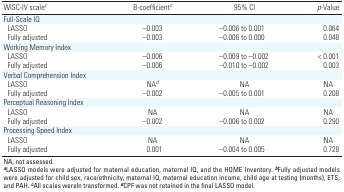
| WISC-IV scalec | B-coefficientc | 95% CI | p-Value |
 | --- | --- | --- | --- |
 | Full-Scale IQ |  |  |  |  |  |  |
 | LASSO |  | –0.003 |  | –0.006 to 0.001 |  | 0.064 |
 | Fully adjusted |  | –0.003 |  | –0.006 to 0.000 |  | 0.048 |
 | Working Memory Index |  |  |  |  |  |  |
 | LASSO |  | –0.006 |  | –0.009 to –0.002 |  | < 0.001 |
 | Fully adjusted |  | –0.006 |  | –0.010 to –0.002 |  | 0.003 |
 | Verbal Comprehension Index |  |  |  |  |  |  |
 | LASSO |  | NAd |  | NA |  | NA |
 | Fully adjusted |  | –0.002 |  | –0.005 to 0.001 |  | 0.208 |
 | Perceptual Reasoning Index |  |  |  |  |  |  |
 | LASSO |  | NA |  | NA |  | NA |
 | Fully adjusted |  | –0.002 |  | –0.006 to 0.002 |  | 0.290 |
 | Processing Speed Index |  |  |  |  |  |  |
 | LASSO |  | NA |  | NA |  | NA |
 | Fully adjusted |  | 0.001 |  | –0.004 to 0.005 |  | 0.728 |
 | <COLSPAN=7> NA, not assessed. aLASSO models were adjusted formaternal education, maternal IQ, and the HOME Inventory. bFullyadjusted models were adjusted for child sex, race/ethnicity, maternalIQ, maternal education income, child age at testing (months), ETS, andPAH. cAll scales wereln transformed. dCPF was not retainedin the final LASSO model. |